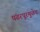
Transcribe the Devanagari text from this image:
पंढरपूरमुळेच